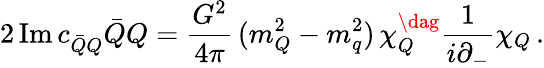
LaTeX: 2\, \mathrm{Im}\, c_{{\bar{Q}}Q}{\bar{Q}}Q=\frac{G^{2}}{4\pi}\, (m_{Q}^{2}-m_{q}^{2})\, \chi_{Q}^{\dag}\frac{1}{i\partial_{-}}\chi_{Q}\, .